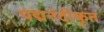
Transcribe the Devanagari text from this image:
पद्मनंदीकृत